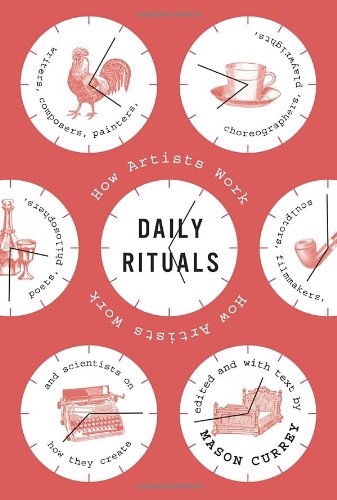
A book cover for Daily Rituals: How Artists Work; Humor & Entertainment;